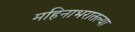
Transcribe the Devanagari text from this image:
महिनाभरातल्या